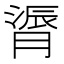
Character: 𫆬